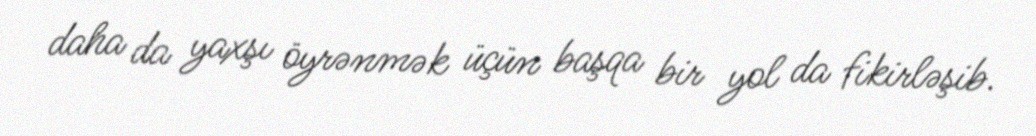
daha da yaxşı öyrənmək üçün başqa bir yol da fikirləşib.